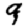
Digit: 9